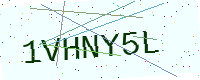
Text: 1VHNY5L